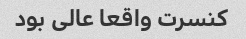
کنسرت واقعا عالی بود